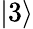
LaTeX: \left\vert 3\right\rangle